Lunatic asylums United Provinces 1909-1921 - 1909-1921
Year: 1909
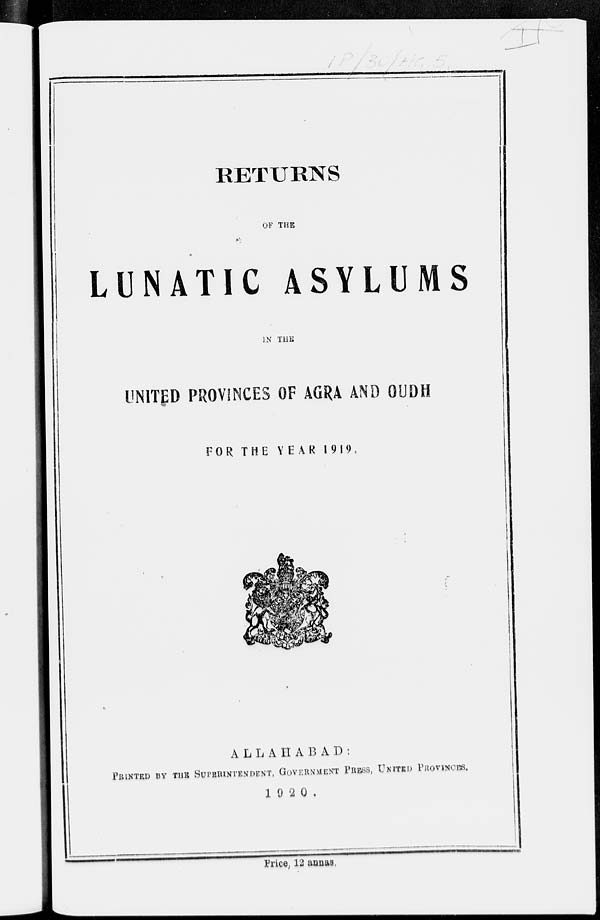
RETURNS
OF THE
LUNATIC
ASYLUMS
IN THE
UNITED PROVINCES OF AGRA AND OUDH
FOR THE YEAR 1919.
ALLAHABAD:
PRINTED BY THE SUPERINTENDENT, GOVERNMENT PRESS, UNITED PROVINCES.
1920.
Price, 12 annas.